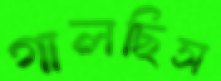
গালছিস